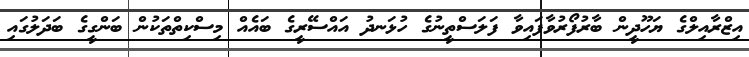
އިޒްރާއިލްގެ ޔަހޫދީން ބާރުފޯރުވާފައިވާ ފަލަސްތީނުގެ ހުޅަނދު އައްސޭރީގެ ބައެއް މިސްކިތްތަކުން ބަންގީގެ ބަދަލުގައި